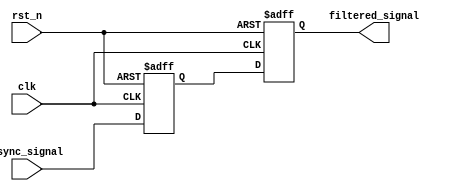
module meta_stability_filter (
    input wire clk,            // Clock signal of the receiving domain
    input wire rst_n,         // Active low reset signal
    input wire async_signal,   // Asynchronous input signal
    output reg filtered_signal  // Synchronized output signal
);

    // Internal signals for the dual flip-flop synchronizer
    reg ff1_out; // Output of the first flip-flop

    // Dual Flip-Flop Synchronizer
    always @(posedge clk or negedge rst_n) begin
        if (!rst_n) begin
            ff1_out <= 1'b0;      // Initialize first flip-flop output to 0
            filtered_signal <= 1'b0; // Initialize output to 0
        end else begin
            ff1_out <= async_signal; // Sample the asynchronous input
            filtered_signal <= ff1_out; // Sample the output of the first flip-flop
        end
    end

endmodule